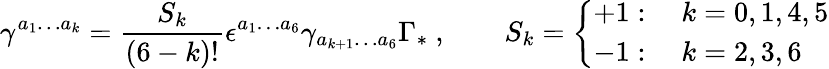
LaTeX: \gamma^{a_{1}\ldots a_{k}}=\frac{S_{k}}{(6-k)!}\epsilon^{a_{1}\ldots a_{6}}\gamma_{a_{k+1}\ldots a_{6}}\Gamma_{*}\ ,\qquad S_{k}=\left\{ \begin{array}{l}{{+1:\quad k=0,1,4,5}}\\ {{-1:\quad k=2,3,6}}\end{array}\right.